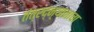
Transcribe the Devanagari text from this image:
तंत्रद्न्यानाचा